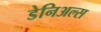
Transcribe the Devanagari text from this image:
डेनिअल्स